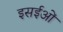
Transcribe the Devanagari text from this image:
इसईओं